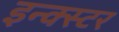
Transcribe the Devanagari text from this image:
इन्क्स्टर